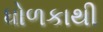
ધોળકાથી